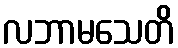
လဘာမသေတိ